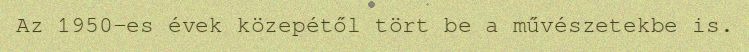
Az 1950-es évek közepétől tört be a művészetekbe is.